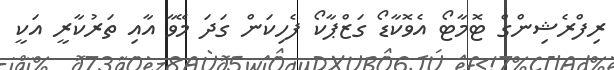
ރިފްރެޝިންގް ޓޮމާޓޯ އެވޮކާޑޯ ގަޒްޕާކޯ ފެހިކަން ގަދަ މޭވާ އާއި ތަރުކާރީ އަކީ